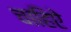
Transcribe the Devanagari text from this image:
चाहिऐ